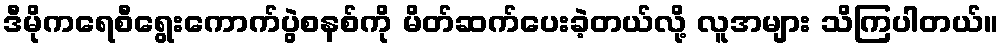
ဒီမိုကရေစီရွေးကောက်ပွဲစနစ်ကို မိတ်ဆက်ပေးခဲ့တယ်လို့ လူအများ သိကြပါတယ်။